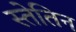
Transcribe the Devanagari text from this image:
स्तेतिन